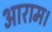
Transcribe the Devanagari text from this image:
आराम।